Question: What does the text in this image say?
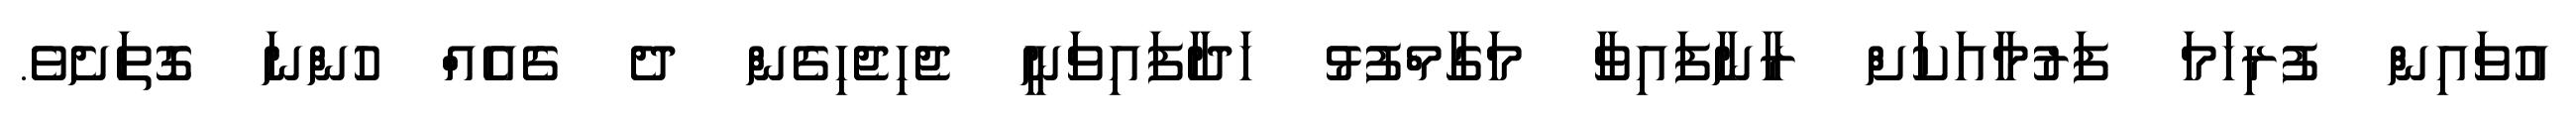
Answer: އުވައިން ފުރިހަމަ ފަރުމާއަކަށް ރާނާފައިވާ މަގާމްފުޅު ހަދާފައިވަނީ ޖެހިޖެހިގެން ދެ ގެއެއް ހުންނަ ގޮތަށެވެ.